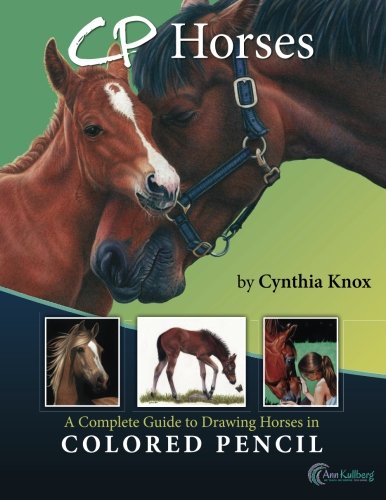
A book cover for CP Horses: A Complete Guide to Drawing Horses in Colored Pencil; Cynthia Knox; Arts & Photography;